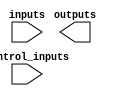
module mem
  #(
    parameter WW = 4,
    parameter MEMDATAIN = 2,
    parameter MEMDATAOUT = 1,
    parameter MEMCONTROLIN = 2
    )
   (
    input [WW*MEMDATAIN-1:0] inputs,
    output [WW*MEMDATAOUT-1:0] outputs,
    input [MEMCONTROLIN-1:0] control_inputs
    );

endmodule